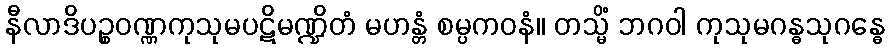
နီလာဒိပဉ္စဝဏ္ဏကုသုမပဋိမဏ္ဍိတံ မဟန္တံ စမ္ပကဝနံ။ တသ္မိံ ဘဂဝါ ကုသုမဂန္ဓသုဂန္ဓေ